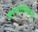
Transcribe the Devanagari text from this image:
वरणात्मकता